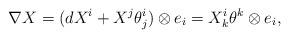
LaTeX: \begin{align*}\nabla X = (dX^i + X^j\theta^i_j)\otimes e_i=X^i_k\theta^k \otimes e_i,\end{align*}